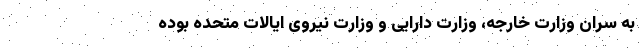
به سران وزارت خارجه، وزارت دارایی و وزارت نیروی ایالات متحده بوده